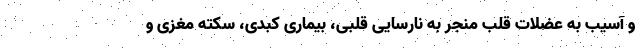
و آسیب به عضلات قلب منجر به نارسایی قلبی، بیماری کبدی، سکته مغزی و